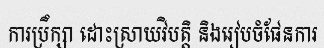
ការប្រឹក្សា ដោះស្រាយវិបត្តិ និងរៀបចំផែនការ